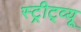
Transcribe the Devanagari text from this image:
स्ट्रीट्व्यू